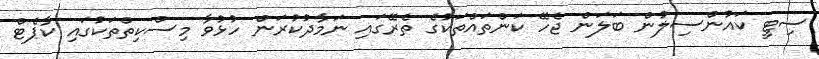
ސިޓީ ކައުންސިލުން ބަލަން ޖެހޭ ކަންތައްތަކުގެ ތެރޭގައި ނަމާދުކުރަން ހުޅުވާ މިސްކިތްތަކުގައި ކާޕެޓް